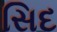
સિદ